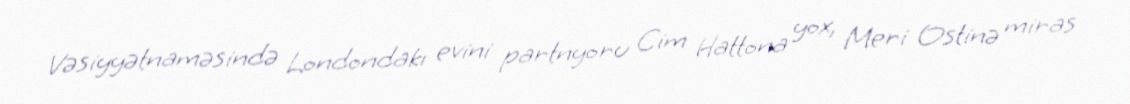
Vəsiyyətnaməsində Londondakı evini partnyoru Cim Hattona yox, Meri Ostinə miras